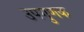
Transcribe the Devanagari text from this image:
उपगुणक